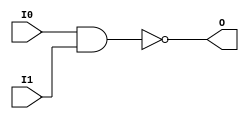
// $Header: /devl/xcs/repo/env/Databases/CAEInterfaces/verunilibs/s/NAND2.v,v 1.8.22.1 2003/11/18 20:41:37 wloo Exp $

/*

FUNCTION	: 2-INPUT NAND GATE

*/

`timescale  100 ps / 10 ps


module NAND2 (O, I0, I1);

    output O;

    input  I0, I1;

    nand A1 (O, I0, I1);

    specify
	(I0 *> O) = (0, 0);
	(I1 *> O) = (0, 0);
    endspecify

endmodule